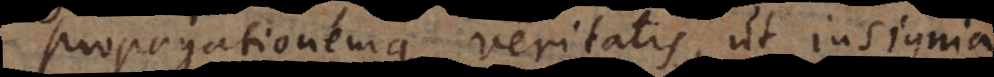
propagationemque veritatis, ut insignia